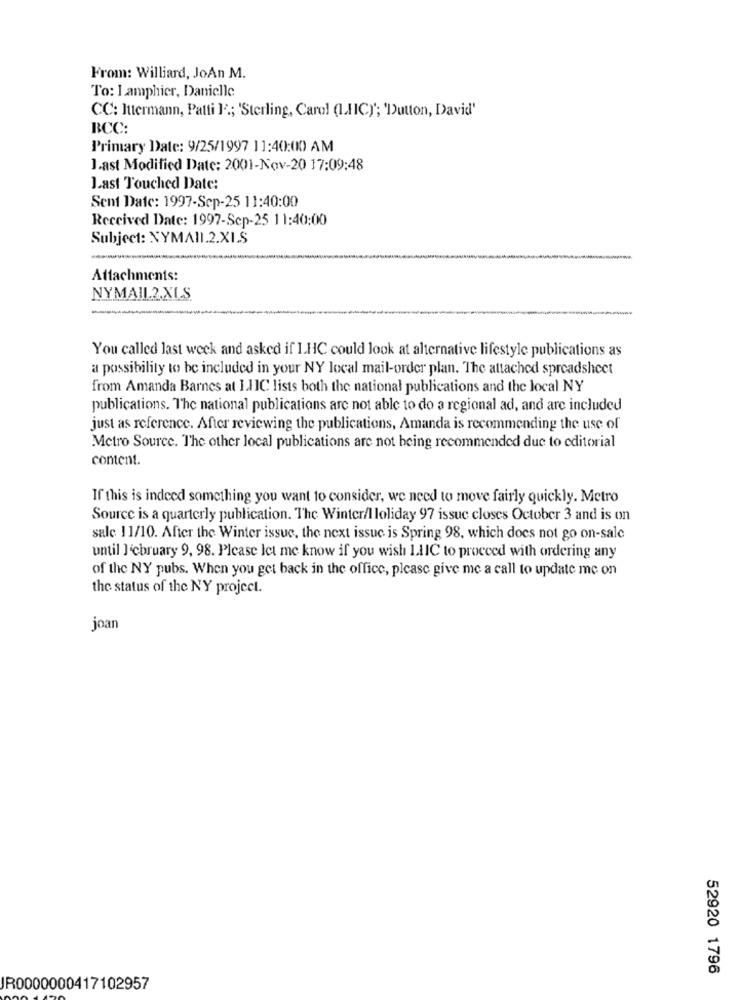
From: Williard, JoAn M.
To: I amphier, Danielle
CC: Ittermann, Patti F .; 'Sterling, Carol (LHIC)'; 'Dutton, David'
BCC:
Primary Date: 9/25/1997 11:40:00 AM
last Modified Date: 2001-Nov-20 17:09:48
Last Touched Date:
Sent Date: 1997-Sep-25 11:40:00
Received Date: 1997-Sep-25 11:40:00
Subject: NYMAN.2.XI.S
Attachments:
NYMAIL.2.XLS
You called last week and asked if LHC could look at alternative lifestyle publications as
a possibility to be included in your NY local mail-order plan. The attached spreadsheet
from Amanda Barnes at IJIC lists both the national publications and the local NY
publications. The national publications are not able to do a regional ad, and are included
just as reference. After reviewing the publications, Amanda is recommending the use of
Metro Source. The other local publications are not being recommended due to editorial
content.
If this is indeed something you want to consider, we need to move fairly quickly. Metro
Source is a quarterly publication. The Winter/lloliday 97 issue closes October 3 and is on
salc 11/10. After the Winter issue, the next issue is Spring 98, which does not go on-sale
until ]'cbruary 9, 98. Please let me know if you wish LIIC to proceed with ordering any
of the NY pubs. When you get back in the office, please give me a call to update me on
the status of the NY project.
joan
52920 1796
JR0000000417102957